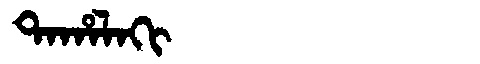
Manchu: ᡨᠠᡥᠠᠯᠠᡴᡳ
Romanization: TAHALAKI